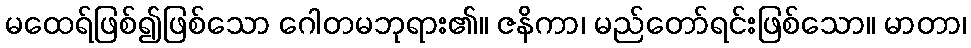
မထေရ်ဖြစ်၍ဖြစ်သော ဂေါတမဘုရား၏။ ဇနိကာ၊ မည်တော်ရင်းဖြစ်သော။ မာတာ၊